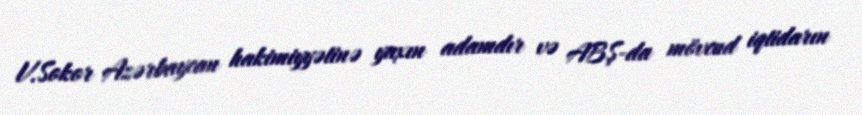
V.Sokor Azərbaycan hakimiyyətinə yaxın adamdır və ABŞ-da mövcud iqtidarın